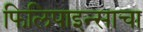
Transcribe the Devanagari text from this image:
फिलिपाइन्साचा